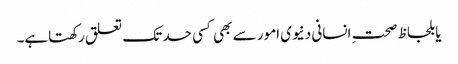
یا بلحاظ صحتِ انسانی دنیوی امور سے بھی کسی حد تک تعلق رکھتاہے۔